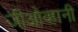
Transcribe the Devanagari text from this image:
जीओव्हानी